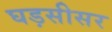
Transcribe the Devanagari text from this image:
घड़सीसर